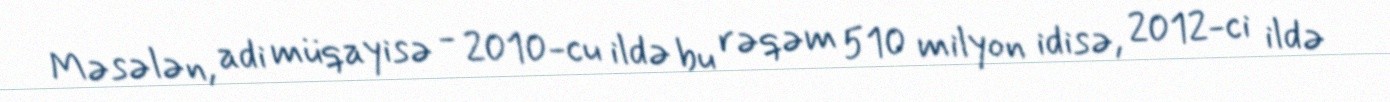
Məsələn, adi müqayisə - 2010-cu ildə bu rəqəm 510 milyon idisə, 2012-ci ildə